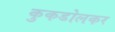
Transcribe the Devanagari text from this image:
कुकडोलकर